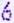
6